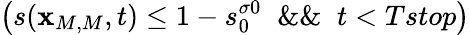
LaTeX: \left(s({\mathbf x}_{M,M},t)\leq 1-s_{0}^{\sigma 0}\; \; \& \& \; \; t<Tstop\right)